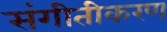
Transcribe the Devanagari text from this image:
संगीतीकरण